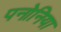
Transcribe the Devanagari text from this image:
पनोनिया